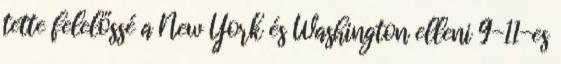
tette felelőssé a New York és Washington elleni 9-11-es